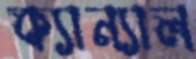
ক্যান্যাল